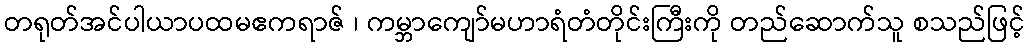
တရုတ်အင်ပါယာပထမဧကရာဇ် ၊ ကမ္ဘာကျော်မဟာရံတံတိုင်းကြီးကို တည်ဆောက်သူ စသည်ဖြင့်